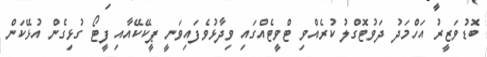
ބޮޑުވަޒީރު އަހްމަދު ދަވުޓޮގްލު ކުރެއްވި ޓްވީޓެއްގައި ވިދާޅުވެފައިވަނީ ޕީކޭކޭއާއި ފީޓޯ ގުޅިގެން އުޅޭކަން